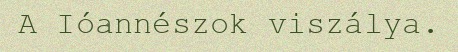
A Ióannészok viszálya.